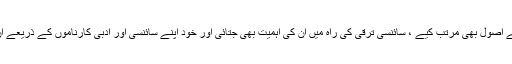
اس نے فرنچ اور جرمن الفاظ اپنانے کے اصول بھی مرتب کیے ، سائنسی ترقی کی راہ میں ان کی اہمیت بھی جتائی اور خود اپنے سائنسی اور ادبی کارناموں کے ذریعے ان کے علمی نمونے بھی پیش کر دیئے۔